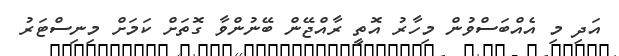
އަދި މި އެއްބަސްވުން މިހާރު އޮތީ ރާއްޖޭން ބޭނުންވާ ގޮތަށް ކަމަށް މިނިސްޓަރު